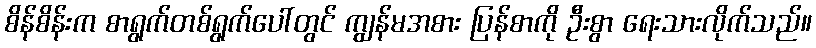
စိန်စိန်းက စာရွက်တစ်ရွက်ပေါ်တွင် ကျွန်မအစား ပြန်စာကို ဦးစွာ ရေးသားလိုက်သည်။